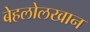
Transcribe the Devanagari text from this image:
बेहलोलखान